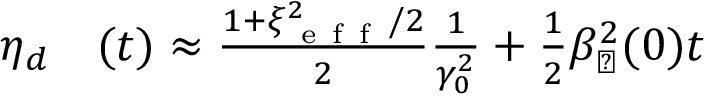
\begin{array} { r l } { \eta _ { d } } & { { } ( t ) \approx \frac { 1 + \xi _ { \mathrm { ~ e ~ f ~ f ~ } } ^ { 2 } / 2 } { 2 } \frac { 1 } { \gamma _ { 0 } ^ { 2 } } + \frac { 1 } { 2 } \beta _ { \perp } ^ { 2 } ( 0 ) t } \end{array}